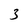
Character: 3